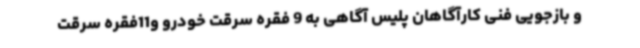
و بازجویی فنی کارآگاهان پلیس آگاهی به 9 فقره سرقت خودرو و11فقره سرقت